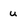
Character: u